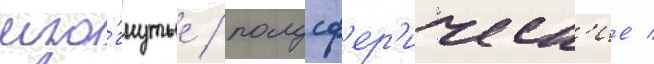
изо́гнутые / полусф'ер'ическ'ие /